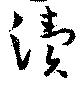
涜